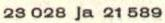
23 028 ja 21 589